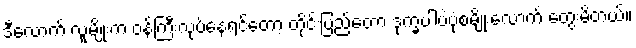
ဒီလောက် လူမျိုးက ဝန်ကြီးလုပ်နေရင်တော့ တိုင်းပြည်တော့ ဒုက္ခပါပဲပုံစံမျိုးလောက် တွေးမိတယ်။